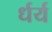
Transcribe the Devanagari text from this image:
र्धर्य